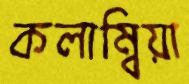
কলাম্বিয়া